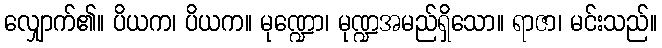
လျှောက်၏။ ပိယက၊ ပိယက။ မုဏ္ဍော၊ မုဏ္ဍအမည်ရှိသော။ ရာဇာ၊ မင်းသည်။